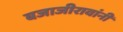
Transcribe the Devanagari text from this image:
बजाजीरावांनी